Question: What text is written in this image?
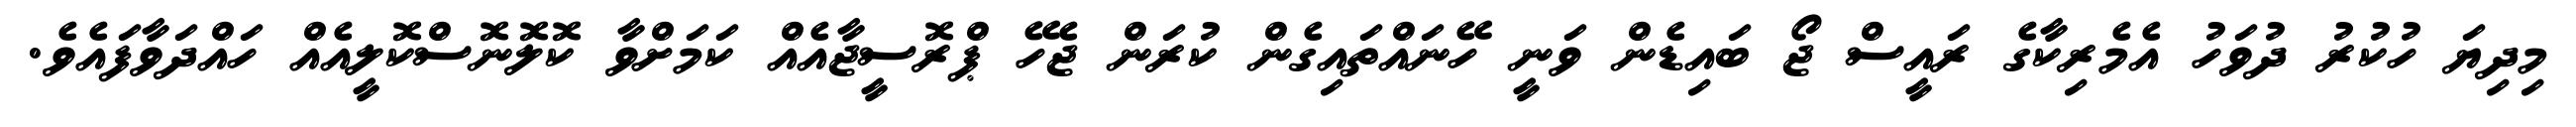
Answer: މިދިޔަ ހުކުރު ދުވަހު އެމެރިކާގެ ރައީސް ޖޯ ބައިޑެން ވަނީ ހޭނައްތައިގެން ކުރަން ޖެހޭ ޕްރޮސީޖާއެއް ކަމަށްވާ ކޮލޮނޮސްކޮލީއެއް ހައްދަވާފައެވެ.